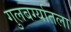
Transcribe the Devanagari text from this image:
गुलबर्ग्यातला